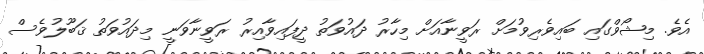
އެވެ. މިޝޯވްގައި ބައިވެރިވުމަށް ރަވީނާއަށް މިހާރު ދައުވަތު ދީފައިވާއިރު ރަވީނާވަނީ މިދައުވަތު ޤަބޫލުވެސް